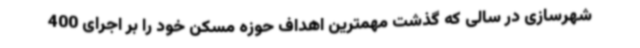
شهرسازی در سالی که گذشت مهمترین اهداف حوزه مسکن خود را بر اجرای 400